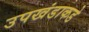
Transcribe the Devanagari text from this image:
उपखंडाकडे